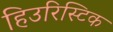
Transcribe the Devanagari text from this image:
हिउरिस्टिक